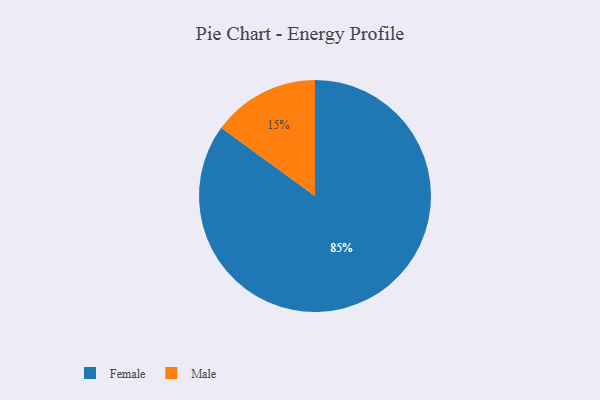
{"axis": {"x": "Category", "y": "Percentage"}, "legend": ["Female", "Male"], "data": [{"x": "Male", "y": 15, "type": "Male"}, {"x": "Female", "y": 85, "type": "Female"}]}